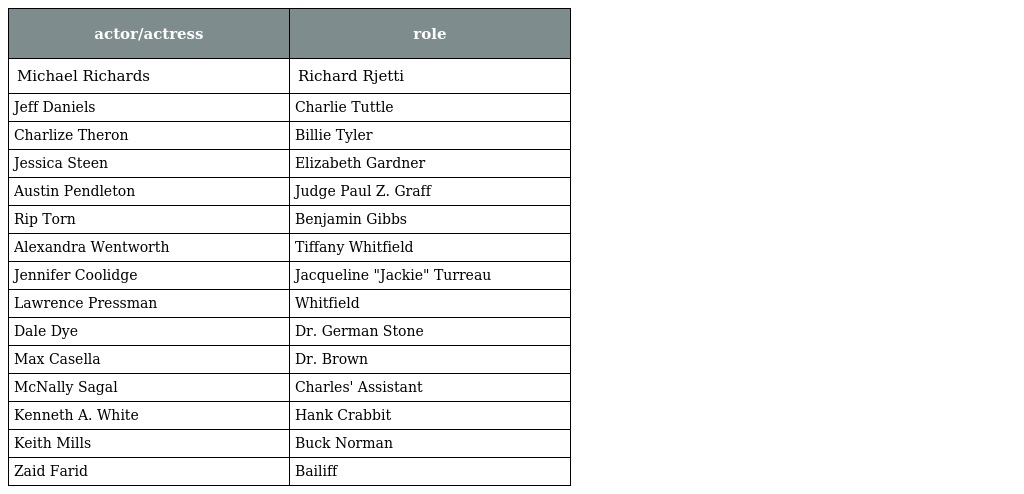
| actor/actress | role |
 | --- | --- |
 | Michael Richards | Richard Rjetti |
 | Jeff Daniels | Charlie Tuttle |
 | Charlize Theron | Billie Tyler |
 | Jessica Steen | Elizabeth Gardner |
 | Austin Pendleton | Judge Paul Z. Graff |
 | Rip Torn | Benjamin Gibbs |
 | Alexandra Wentworth | Tiffany Whitfield |
 | Jennifer Coolidge | Jacqueline "Jackie" Turreau |
 | Lawrence Pressman | Whitfield |
 | Dale Dye | Dr. German Stone |
 | Max Casella | Dr. Brown |
 | McNally Sagal | Charles' Assistant |
 | Kenneth A. White | Hank Crabbit |
 | Keith Mills | Buck Norman |
 | Zaid Farid | Bailiff |